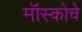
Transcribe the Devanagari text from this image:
मॉस्कोचे